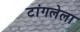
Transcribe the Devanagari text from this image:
टांगलेला